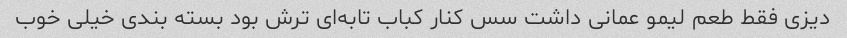
دیزی فقط طعم لیمو عمانی داشت سس کنار کباب تابه‌ای ترش بود بسته بندی خیلی خوب